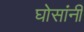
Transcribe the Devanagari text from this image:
घोसांनी